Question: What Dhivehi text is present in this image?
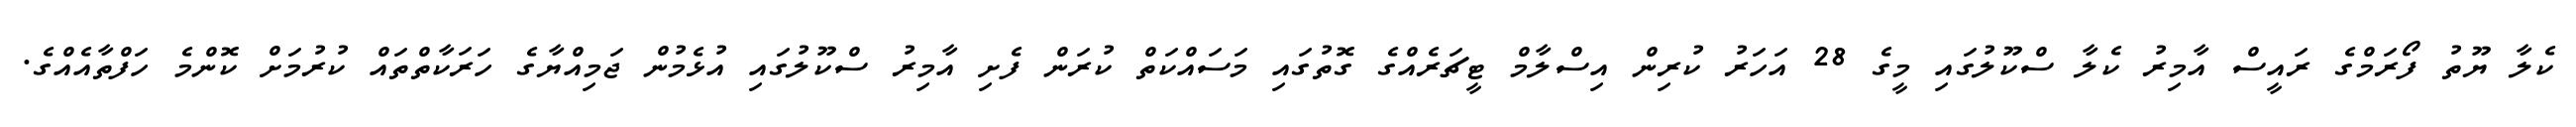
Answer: ކެލާ ޔޫތު ފޯރަމްގެ ރައީސް އާމިރު ކެލާ ސްކޫލުގައި މީގެ 28 އަހަރު ކުރިން އިސްލާމް ޓީޗަރެއްގެ ގޮތުގައި މަސައްކަތް ކުރަން ފެށި އާމިރު ސްކޫލުގައި އުޅެމުން ޖަމިއްޔާގެ ހަރަކާތްތައް ކުރުމަށް ކޮންމެ ހަފްތާއެއްގެ.